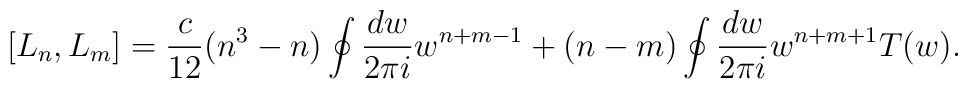
[L_{n},L_{m}]=\frac{c}{12}(n^{3}-n)\oint\frac{dw}{2\pi i}w^{n+m-1} +(n-m)\oint\frac{dw}{2\pi i}w^{n+m+1}T(w).